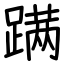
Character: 蹒